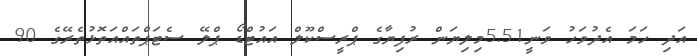
އަދި ހަމަ އެދުވަހު ވަނީ5.51މިލިޔަން ރުފިޔާގެ ޕްރީސްކޫލް އައުޓްޑޯ ޕްލޭ ސެޓަޕްތައްއަތޮޅުތެރޭގެ 90